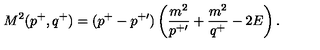
M ^ { 2 } ( p ^ { + } , q ^ { + } ) = ( p ^ { + } - p ^ { + \prime } ) \left( { \frac { m ^ { 2 } } { p ^ { + \prime } } } + { \frac { m ^ { 2 } } { q ^ { + } } } - 2 E \right) .